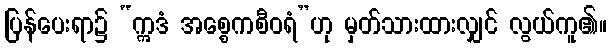
ပြန်ပေးရာ၌ “ဣဒံ အစ္စေကစီဝရံ”ဟု မှတ်သားထားလျှင် လွယ်ကူ၏။